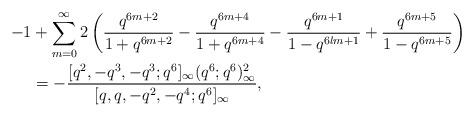
LaTeX: \begin{align*}-1&+\sum_{m=0}^\infty2\left(\frac{ q^{6m+2}}{1+q^{6m+2}}-\frac{ q^{6m+4}}{1+q^{6m+4}}-\frac{ q^{6m+1}}{1-q^{6lm+1}}+\frac{ q^{6m+5}}{1-q^{6m+5}}\right) \\& =-\frac{[q^{2},-q^3,-q^3;q^6]_\infty(q^6;q^6)^2_\infty}{[q,q,-q^2,-q^4;q^6]_\infty},\end{align*}